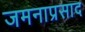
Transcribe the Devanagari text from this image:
जमनाप्रसाद